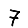
Digit: 7